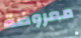
معروضة